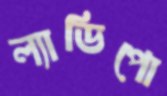
ল্যাডিপো